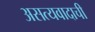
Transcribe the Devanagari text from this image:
असत्यवादाची